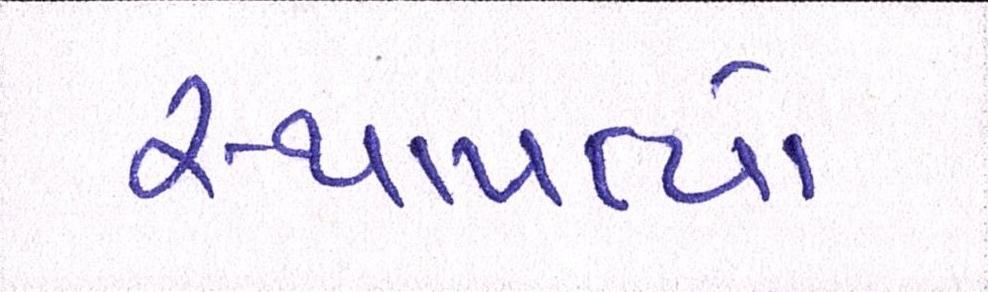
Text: સ્થાપત્યો